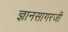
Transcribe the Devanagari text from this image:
ज्ञानसागरजी